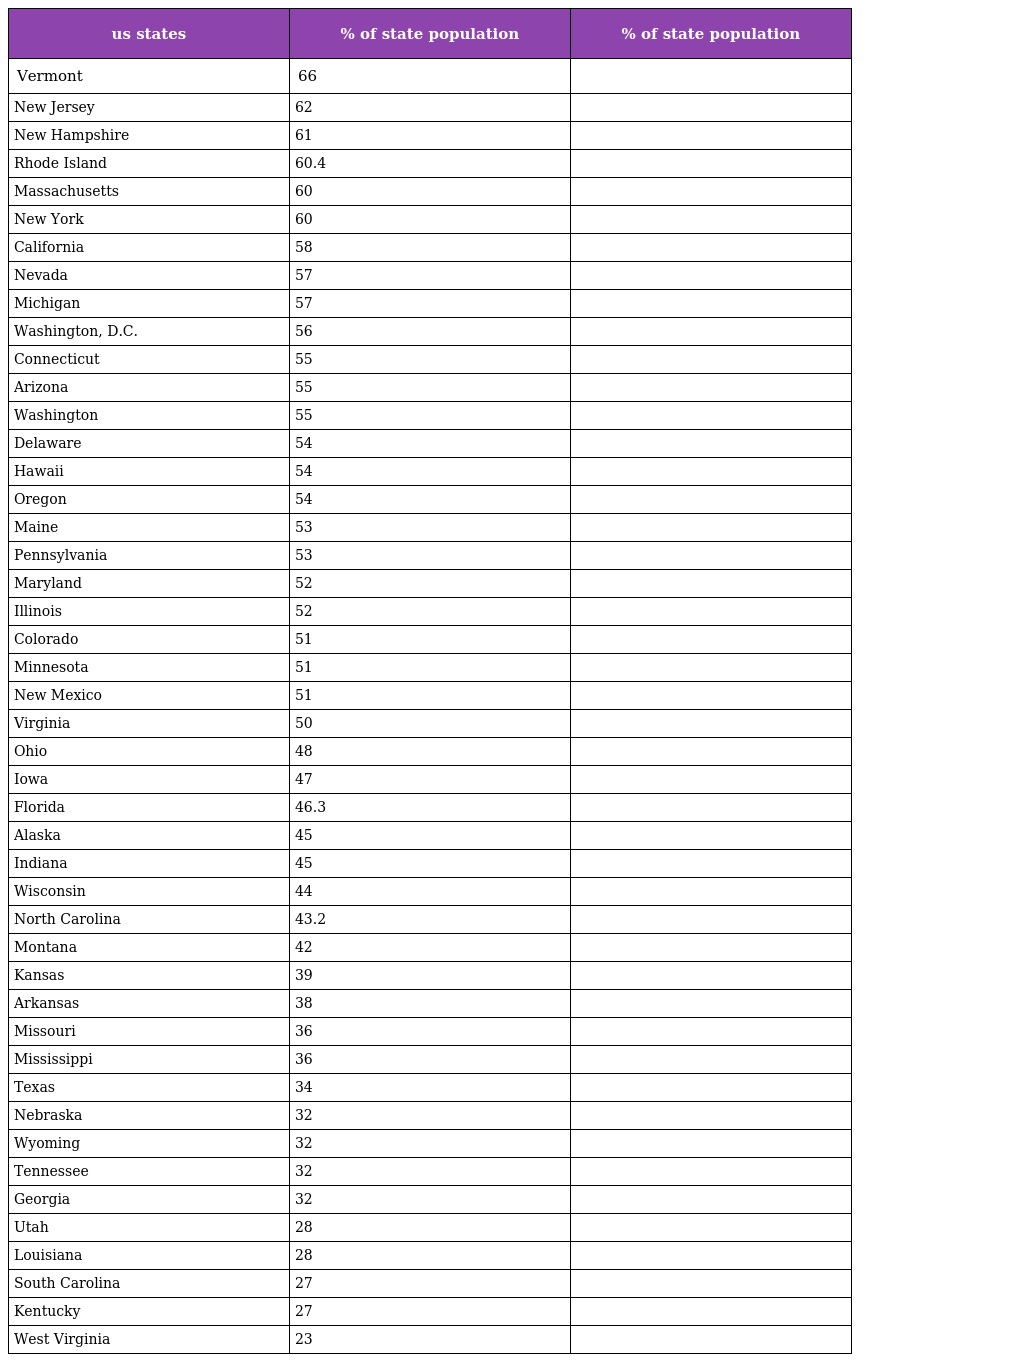
| us states | % of state population | % of state population |
 | --- | --- | --- |
 | Vermont | 66 |  |
 | New Jersey | 62 |  |
 | New Hampshire | 61 |  |
 | Rhode Island | 60.4 |  |
 | Massachusetts | 60 |  |
 | New York | 60 |  |
 | California | 58 |  |
 | Nevada | 57 |  |
 | Michigan | 57 |  |
 | Washington, D.C. | 56 |  |
 | Connecticut | 55 |  |
 | Arizona | 55 |  |
 | Washington | 55 |  |
 | Delaware | 54 |  |
 | Hawaii | 54 |  |
 | Oregon | 54 |  |
 | Maine | 53 |  |
 | Pennsylvania | 53 |  |
 | Maryland | 52 |  |
 | Illinois | 52 |  |
 | Colorado | 51 |  |
 | Minnesota | 51 |  |
 | New Mexico | 51 |  |
 | Virginia | 50 |  |
 | Ohio | 48 |  |
 | Iowa | 47 |  |
 | Florida | 46.3 |  |
 | Alaska | 45 |  |
 | Indiana | 45 |  |
 | Wisconsin | 44 |  |
 | North Carolina | 43.2 |  |
 | Montana | 42 |  |
 | Kansas | 39 |  |
 | Arkansas | 38 |  |
 | Missouri | 36 |  |
 | Mississippi | 36 |  |
 | Texas | 34 |  |
 | Nebraska | 32 |  |
 | Wyoming | 32 |  |
 | Tennessee | 32 |  |
 | Georgia | 32 |  |
 | Utah | 28 |  |
 | Louisiana | 28 |  |
 | South Carolina | 27 |  |
 | Kentucky | 27 |  |
 | West Virginia | 23 |  |